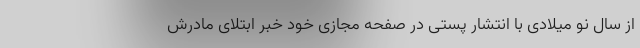
از سال نو میلادی با انتشار پستی در صفحه مجازی خود خبر ابتلای مادرش